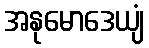
အနုမောဒေယျံ